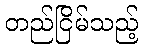
တည်ငြိမ်သည့်